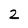
Character: 2